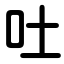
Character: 吐